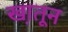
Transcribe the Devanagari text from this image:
खा़तून